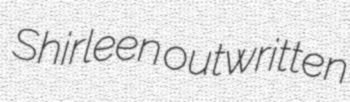
Shirleen outwritten